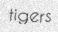
tigers